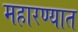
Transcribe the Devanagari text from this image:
महारण्यात